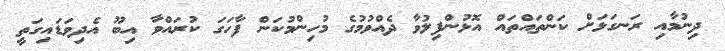
ދިނުމާއި ރަނގަޅަށް ކަންތައްތައް އޮޅުންފިލުވާ ދެއްވުމުގެ މުހިންމުކަން ފާހަގަ ކުރައްވާ އިބޫ އެދިވަޑައިގަތީ